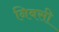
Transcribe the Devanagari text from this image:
निबसी